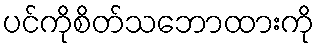
ပင်ကိုစိတ်သဘောထားကို